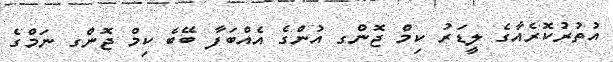
އުތުރުކޮރެއާގެ ލީޑަރު ކިމް ޖޮންގ އުންގެ އެއްބަފާ ބޭބެ ކިމް ޖޮންގ ނަމްގެ